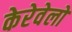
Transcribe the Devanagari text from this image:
केरेवेलो